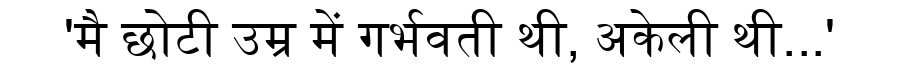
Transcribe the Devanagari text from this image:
'मै छोटी उम्र में गर्भवती थी, अकेली थी...'